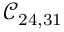
\mathcal { C } _ { 2 4 , 3 1 }